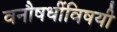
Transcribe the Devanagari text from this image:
वनौषधींविषयी